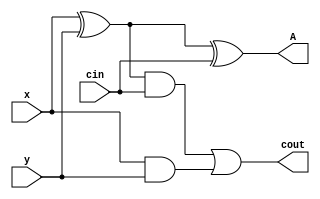
module top
(
 input x,
 input y,
 input cin,

 output A,
 output cout
 );
wire  p,r,s;
	xor (p,x,y);
	xor (A,p,cin);

	and(r,p,cin);
	and(s,x,y);
	or(cout,r,s);

endmodule